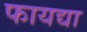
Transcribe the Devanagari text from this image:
फायद्या